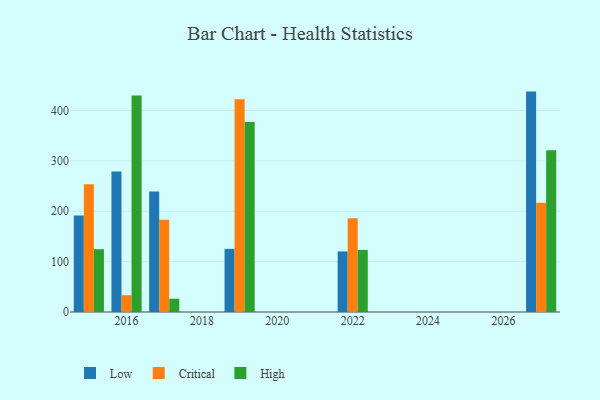
{"axis": {"x": "Year", "y": "Population (Million)"}, "legend": ["Critical", "High", "Low"], "data": [{"x": "2019", "y": 125.4, "type": "Low"}, {"x": "2019", "y": 422.5, "type": "Critical"}, {"x": "2019", "y": 377.3, "type": "High"}, {"x": "2015", "y": 191.8, "type": "Low"}, {"x": "2015", "y": 253.8, "type": "Critical"}, {"x": "2015", "y": 124.7, "type": "High"}, {"x": "2022", "y": 120.3, "type": "Low"}, {"x": "2022", "y": 186.1, "type": "Critical"}, {"x": "2022", "y": 123.2, "type": "High"}, {"x": "2027", "y": 437.6, "type": "Low"}, {"x": "2027", "y": 216.8, "type": "Critical"}, {"x": "2027", "y": 321.0, "type": "High"}, {"x": "2016", "y": 279.1, "type": "Low"}, {"x": "2016", "y": 33.4, "type": "Critical"}, {"x": "2016", "y": 429.9, "type": "High"}, {"x": "2017", "y": 239.1, "type": "Low"}, {"x": "2017", "y": 183.1, "type": "Critical"}, {"x": "2017", "y": 26.4, "type": "High"}]}